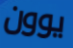
يوون